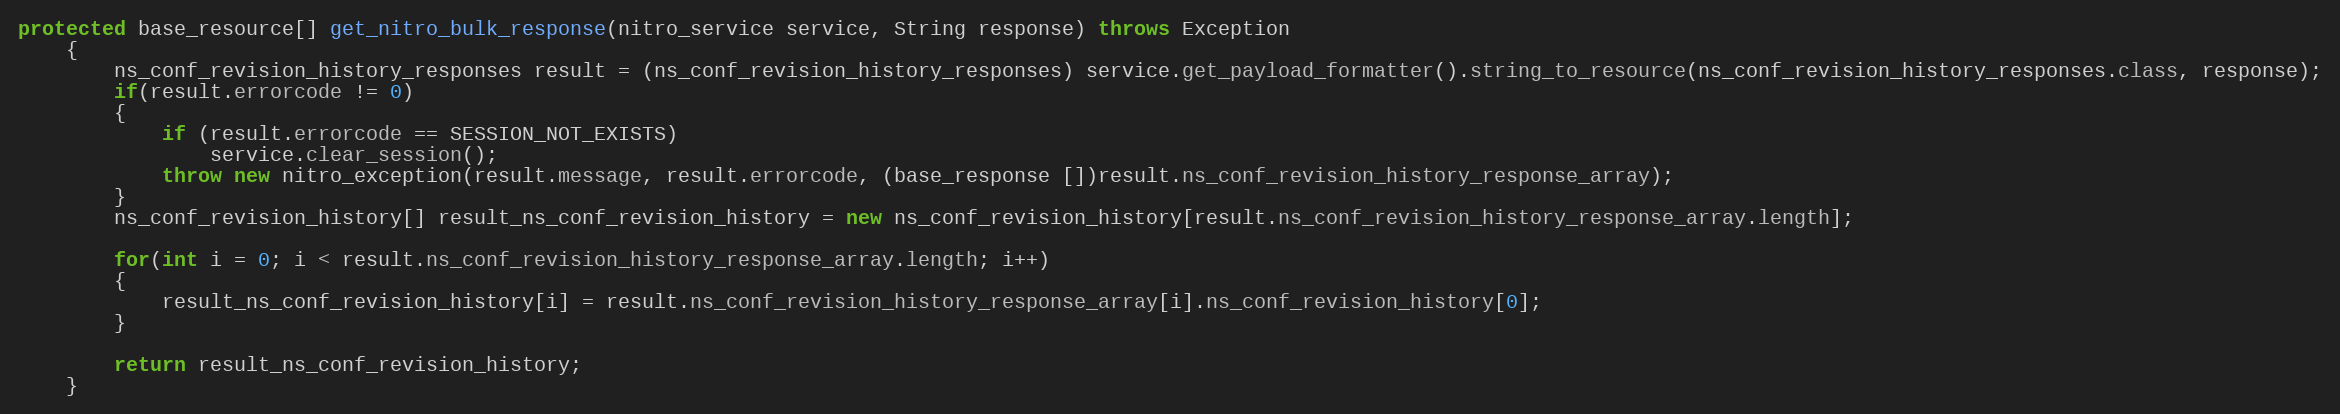
Language: Java
protected base_resource[] get_nitro_bulk_response(nitro_service service, String response) throws Exception
	{
		ns_conf_revision_history_responses result = (ns_conf_revision_history_responses) service.get_payload_formatter().string_to_resource(ns_conf_revision_history_responses.class, response);
		if(result.errorcode != 0)
		{
			if (result.errorcode == SESSION_NOT_EXISTS)
				service.clear_session();
			throw new nitro_exception(result.message, result.errorcode, (base_response [])result.ns_conf_revision_history_response_array);
		}
		ns_conf_revision_history[] result_ns_conf_revision_history = new ns_conf_revision_history[result.ns_conf_revision_history_response_array.length];

		for(int i = 0; i < result.ns_conf_revision_history_response_array.length; i++)
		{
			result_ns_conf_revision_history[i] = result.ns_conf_revision_history_response_array[i].ns_conf_revision_history[0];
		}

		return result_ns_conf_revision_history;
	}